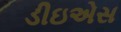
ડીઇએસ